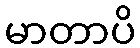
မာတာပိ